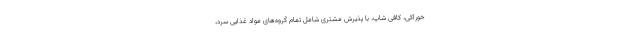
خوراکی، کافی شاپ، با پذیرش مشتری شامل تمام گروه‌های مواد غذایی سرد،